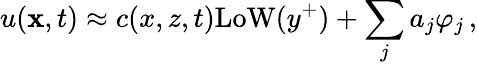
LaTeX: u({\mathbf x},t)\approx c(x,z,t)\mathrm{LoW}(y^{+})+\sum_{j}a_{j}\varphi_{j}\, ,